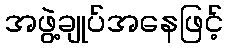
အဖွဲ့ချုပ်အနေဖြင့်